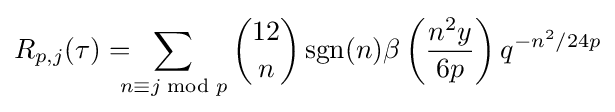
R_{p,j}(\tau )=\!\!\!\!\sum _{n\equiv j{\bmod {p}}}{\binom {12}{n}}\operatorname {sgn} (n)\beta \left({\frac {n^{2}y}{6p}}\right)q^{-n^{2}/24p}